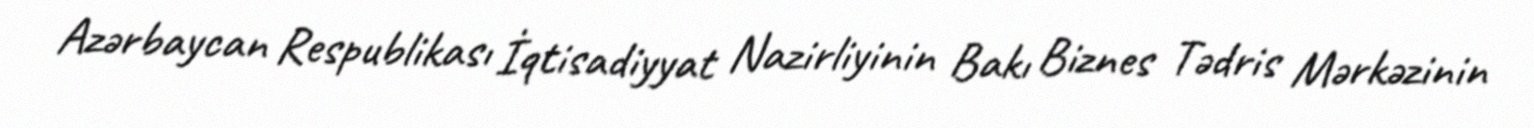
Azərbaycan Respublikası İqtisadiyyat Nazirliyinin Bakı Biznes Tədris Mərkəzinin